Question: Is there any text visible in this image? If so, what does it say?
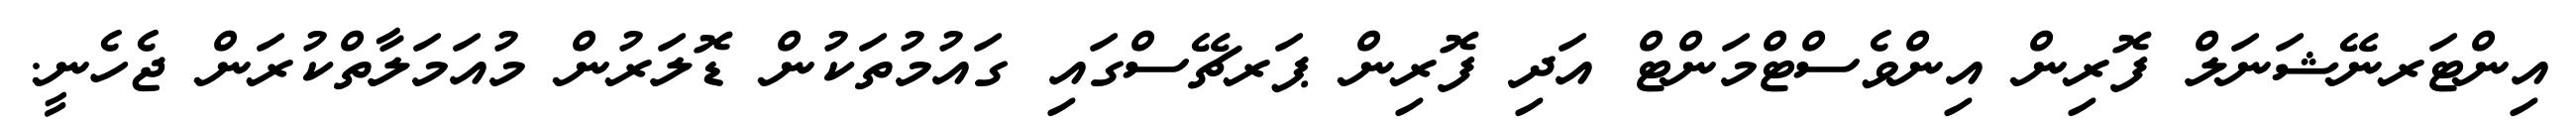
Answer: އިންޓަރނޭޝަނަލް ފޮރިން އިންވެސްޓްމަންޓް އަދި ފޮރިން ޕަރޗޭސްގައި ގައުމުތަކުން ޑޮލަރުން މުއަމަލާތްކުރަން ޖެހެނީ.